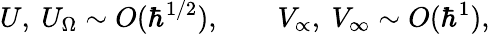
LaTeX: U,\ U_{\Omega}\sim O(\hbar^{1/2}),\qquad V_{\propto},\ V_{\infty}\sim O(\hbar^{1}),